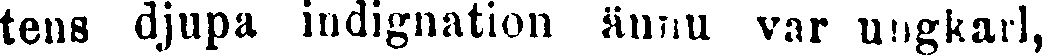
tens djupa indignation ännu var ungkarl,